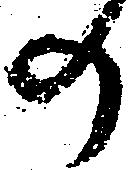
の